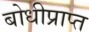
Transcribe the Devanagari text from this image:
बोधीप्राप्त